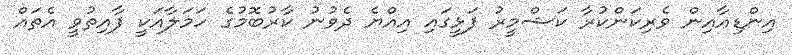
އިންޑިއާއިން ވެރިކަންކުރާ ކަޝްމީރު ފަޅީގައި އިއްޔެ ދެވުނު ކާރުބޮމުގެ ހަމަލާއަކީ ފާއިތުވީ އެތައް